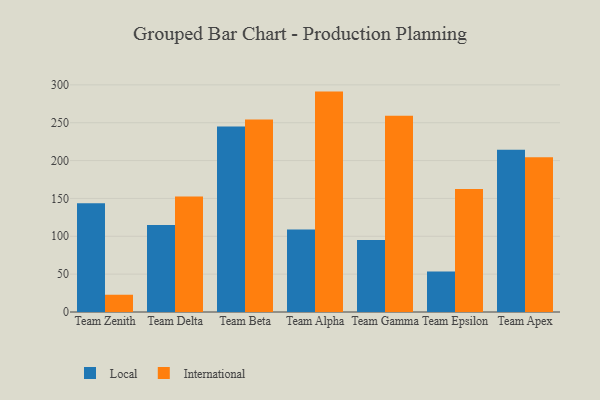
{"axis": {"x": "Team", "y": "Churn Rate (%)"}, "legend": ["International", "Local"], "data": [{"x": "Team Zenith", "y": 143.6, "type": "Local"}, {"x": "Team Zenith", "y": 22.8, "type": "International"}, {"x": "Team Delta", "y": 114.8, "type": "Local"}, {"x": "Team Delta", "y": 152.5, "type": "International"}, {"x": "Team Beta", "y": 245.1, "type": "Local"}, {"x": "Team Beta", "y": 254.3, "type": "International"}, {"x": "Team Alpha", "y": 109.1, "type": "Local"}, {"x": "Team Alpha", "y": 291.1, "type": "International"}, {"x": "Team Gamma", "y": 95.1, "type": "Local"}, {"x": "Team Gamma", "y": 259.3, "type": "International"}, {"x": "Team Epsilon", "y": 53.4, "type": "Local"}, {"x": "Team Epsilon", "y": 162.3, "type": "International"}, {"x": "Team Apex", "y": 214.4, "type": "Local"}, {"x": "Team Apex", "y": 204.4, "type": "International"}]}